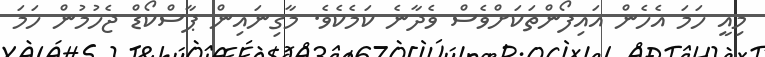
މިއީ ހަމަ އެހެން އައިފޯންތަކަށްވެސް ވެދާނެ ކަމެކެވެ. މާގިނައިން ޕާސްކޯޑް ޖެހުމުން ހަމަ